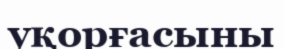
уқорғасыны